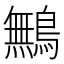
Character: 鷡